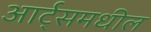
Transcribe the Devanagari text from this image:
आर्ट्‌समधील